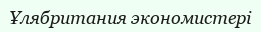
Ұлябритания экономистері